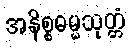
အနိစ္စဓမ္မသုတ္တံ